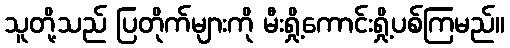
သူတို့သည် ပြတိုက်များကို မီးရှို့ကောင်းရှို့ပစ်ကြမည်။